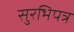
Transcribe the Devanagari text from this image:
सुरभिपत्र